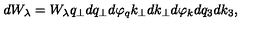
d W _ { \lambda } = W _ { \lambda } q _ { \perp } d q _ { \perp } d \varphi _ { q } k _ { \perp } d k _ { \perp } d \varphi _ { k } d q _ { 3 } d k _ { 3 } ,